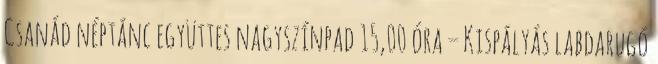
Csanád néptánc együttes nagyszínpad 15,00 óra – Kispályás labdarugó